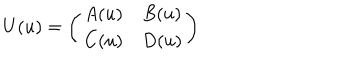
LaTeX: U ( u ) = \left( \begin{matrix} { { A ( u ) } } & { { B ( u ) } } \\ { { C ( u ) } } & { { D ( u ) } } \\ \end{matrix} \right)